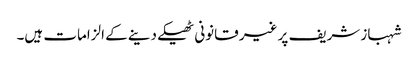
شہباز شریف پر غیر قانونی ٹھیکے دینے کے الزامات ہیں۔